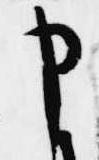
申